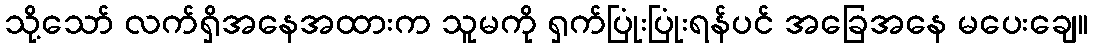
သို့သော် လက်ရှိအနေအထားက သူမကို ရှက်ပြုံးပြုံးရန်ပင် အခြေအနေ မပေးချေ။